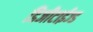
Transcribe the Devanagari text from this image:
डिजीटाईज्‍ड